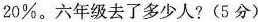
20%。六年级去了多少人?(5分)